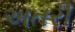
અતરી